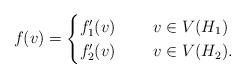
LaTeX: \begin{align*}f(v)=\begin{cases}f'_1(v) & ~~~~ v\in V(H_1)\\f'_2(v) & ~~~~ v\in V(H_2).\end{cases}\end{align*}